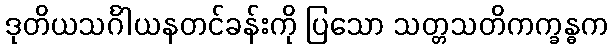
ဒုတိယသင်္ဂါယနတင်ခန်းကို ပြသော သတ္တသတိကက္ခန္ဓက